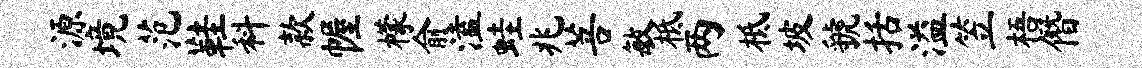
源境范鞋料款幄檬俞溘蛙兆菩敏柢两柢坡虢括溢笠梧僭